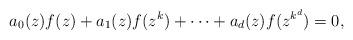
LaTeX: \begin{align*}a_0(z)f(z)+a_1(z)f(z^k)+\cdots+a_d(z)f(z^{k^d})=0,\end{align*}